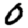
Digit: 0